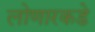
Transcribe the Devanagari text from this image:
लोणारकडे